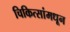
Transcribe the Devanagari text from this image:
चिकित्सांमधून